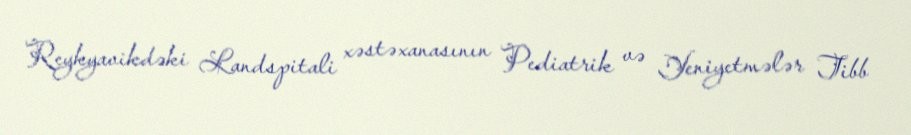
Reykyavikdəki Landspitali xəstəxanasının Pediatrik və Yeniyetmələr Tibb